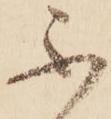
不